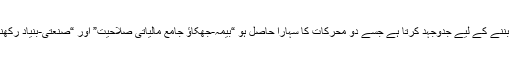
یہ عالمی معیار کا سرمایہ کاری گروپ بننے کے لیے جدوجہد کرتا ہے جسے دو محرکات کا سہارا حاصل ہو “بیمہ-جھکاؤ جامع مالیاتی صلاحیت” اور “صنعتی-بنیاد رکھنے والی عالمی سرمایہ کاری صلاحیت”۔